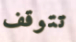
تتوقف